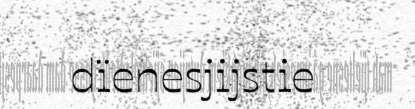
dïenesjijstie